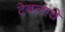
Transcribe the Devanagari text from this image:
टेबलाचे